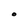
Character: O